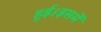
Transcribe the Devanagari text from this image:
हुई।इसमें